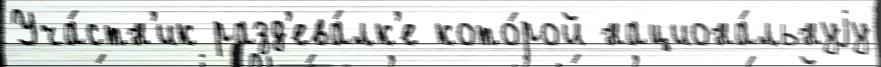
Уча́стн'ик разд'ева́лк'е кото́рой национа́льнуjу